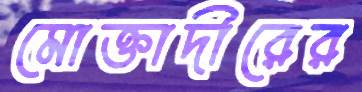
মোক্তাদীরের